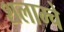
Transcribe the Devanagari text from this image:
शलाम्चे